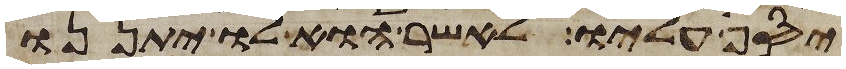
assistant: יסף עליו לאשר הוא לו יתננו